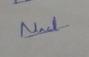
Signature authenticity: genuine